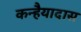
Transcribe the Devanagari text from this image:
कन्हैयादास